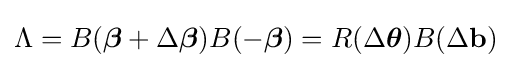
\Lambda =B({\boldsymbol {\beta }}+\Delta {\boldsymbol {\beta }})B(-{\boldsymbol {\beta }})=R(\Delta {\boldsymbol {\theta }})B(\Delta \mathbf {b} )